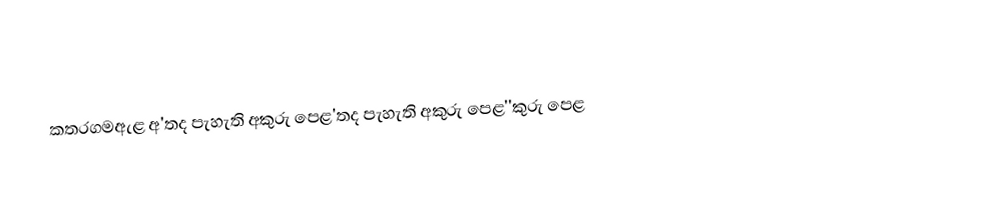
කතරගමඇළ අ'තද පැහැති අකුරු පෙළ'තද පැහැති අකුරු පෙළ''කුරු පෙළ